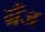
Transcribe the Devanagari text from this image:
ग्रैंज